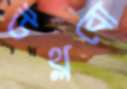
উথ্‌লবো